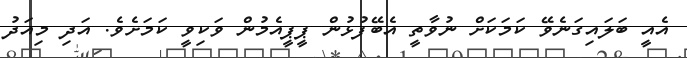
އެއީ ބަލައިގަނެވޭ ކަމަކަށް ނުވާތީ އެބޭފުޅުން ޕީޕީއެމުން ވަކިވީ ކަމަށެވެ. އަދި މިއަދު